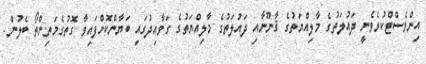
އިންވެސްޓްކުރެވެނީ ދައުލަތުގެ މާލިއްޔަތުގެ ޤާނޫނާއި ދައުލަތުގެ މާލިއްޔަތުގެ ގަވާއިދުގައި ބަޔާންކޮށްފައިވާ ގޮތުގެމަތިންތޯ ބެލުން.